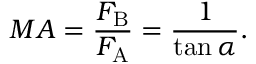
M A = { \frac { F _ { \mathrm { B } } } { F _ { \mathrm { A } } } } = { \frac { 1 } { \tan \alpha } } .